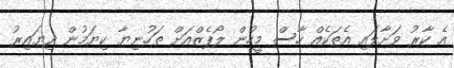
އެ ކާރު ވަށާލައި އެތަކެއް ހާސް މީހުން ލޯޕެޒްއަށް ތަހުނިޔާ ކިޔަމުން ދިޔައިރު